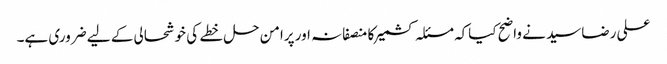
علی رضاسید نے واضح کیاکہ مسئلہ کشمیرکا منصفانہ اور پرامن حل خطے کی خوشحالی کے لیے ضروری ہے۔